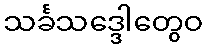
သင်္ခသဒ္ဒေါတွေဝ